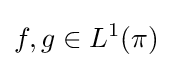
f,g\in L^{1}(\pi )